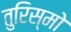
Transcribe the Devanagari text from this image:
तुरिस्मो